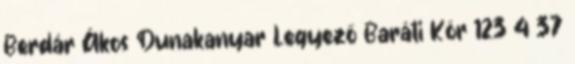
Berdár Ákos Dunakanyar Legyező Baráti Kör 123 4 37